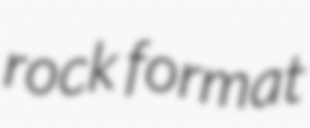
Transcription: rock format